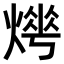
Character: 𤍺